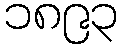
၁၈၉၃